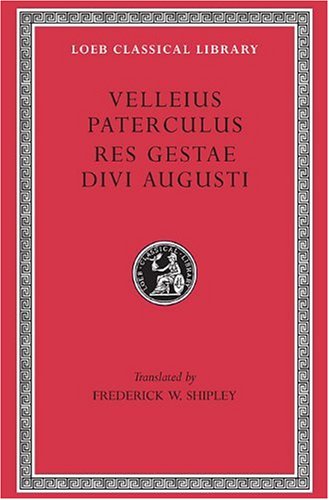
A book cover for Compendium of Roman History / Res Gestae Divi Augusti (Loeb Classical Library, No. 152); Velleius Paterculus; Literature & Fiction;